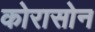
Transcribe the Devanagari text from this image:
कोरासोन